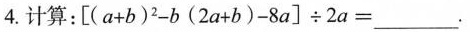
4.计算：$$[ ( a + b ) ^ { 2 } - b ( 2 a + b ) - 8 a ] \div 2 a =___$$.